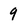
Character: q